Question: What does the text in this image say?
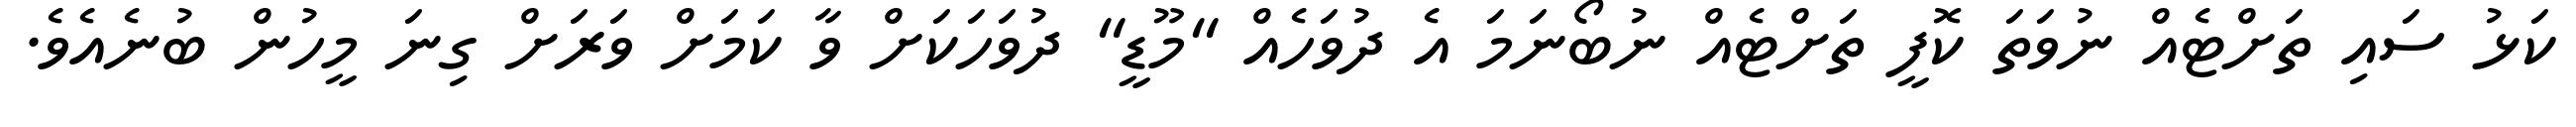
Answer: ކަޅު ސައި ތަށްޓެއް ނުވަތަ ކޮފީ ތަށްޓެއް ނުބޯނަމަ އެ ދުވަހެއް "މޫޑީ" ދުވަހަކަށް ވާ ކަމަށް ވަރަށް ގިނަ މީހުން ބުނެއެވެ.